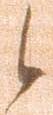
候